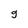
Character: g